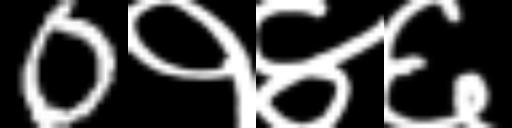
Text: 0१४६